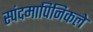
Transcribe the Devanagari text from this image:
स्पंदमापिनिकले